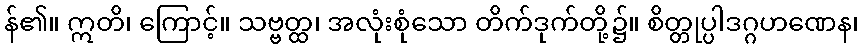
န်၏။ ဣတိ၊ ကြောင့်။ သဗ္ဗတ္ထ၊ အလုံးစုံသော တိက်ဒုက်တို့၌။ စိတ္တုပ္ပါဒဂ္ဂဟဏေန၊